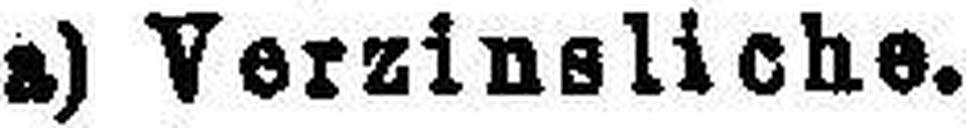
a) Verzinsliche.